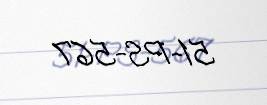
51-PS-567